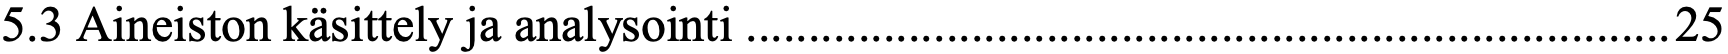
5.3 Aineiston käsittely ja analysointi .......................................................................... 25